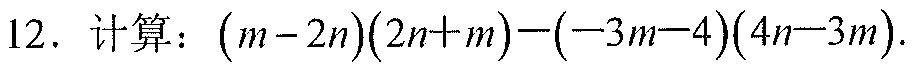
12. 计算：\((m - 2n)(2n + m)-(-3m - 4)(4n - 3m)\).